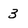
Character: 3